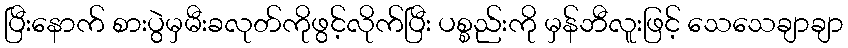
ပြီးနောက် စားပွဲမှမီးခလုတ်ကိုဖွင့်လိုက်ပြီး ပစ္စည်းကို မှန်ဘီလူးဖြင့် သေသေချာချာ